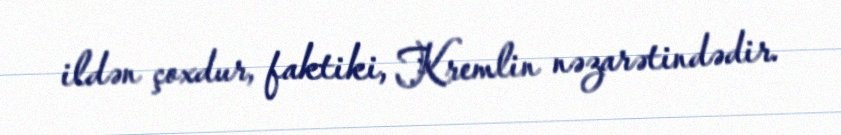
ildən çoxdur, faktiki, Kremlin nəzarətindədir.